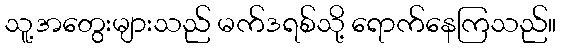
သူ့အတွေးများသည် မက်ဒရစ်သို့ ရောက်နေကြသည်။